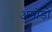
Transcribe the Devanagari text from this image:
अमोडो